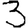
Digit: 3